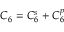
C _ { 6 } = C _ { 6 } ^ { s } + C _ { 6 } ^ { p }